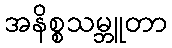
အနိစ္စသမ္ဘူတာ